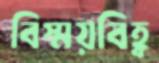
বিস্ময়বিহ্ব